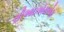
સીઆઇએસએફ